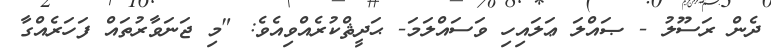
ދެން ރަސޫލު - ޞައްލަ ޢަލައިހި ވަސައްލަމަ- ޙަދީޘްކުރެއްވިއެވެ: "މި ޖަނަވާރުތައް ފަހަރެއްގާ